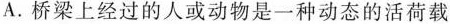
A.桥梁上经过的人或动物是一种动态的活荷载